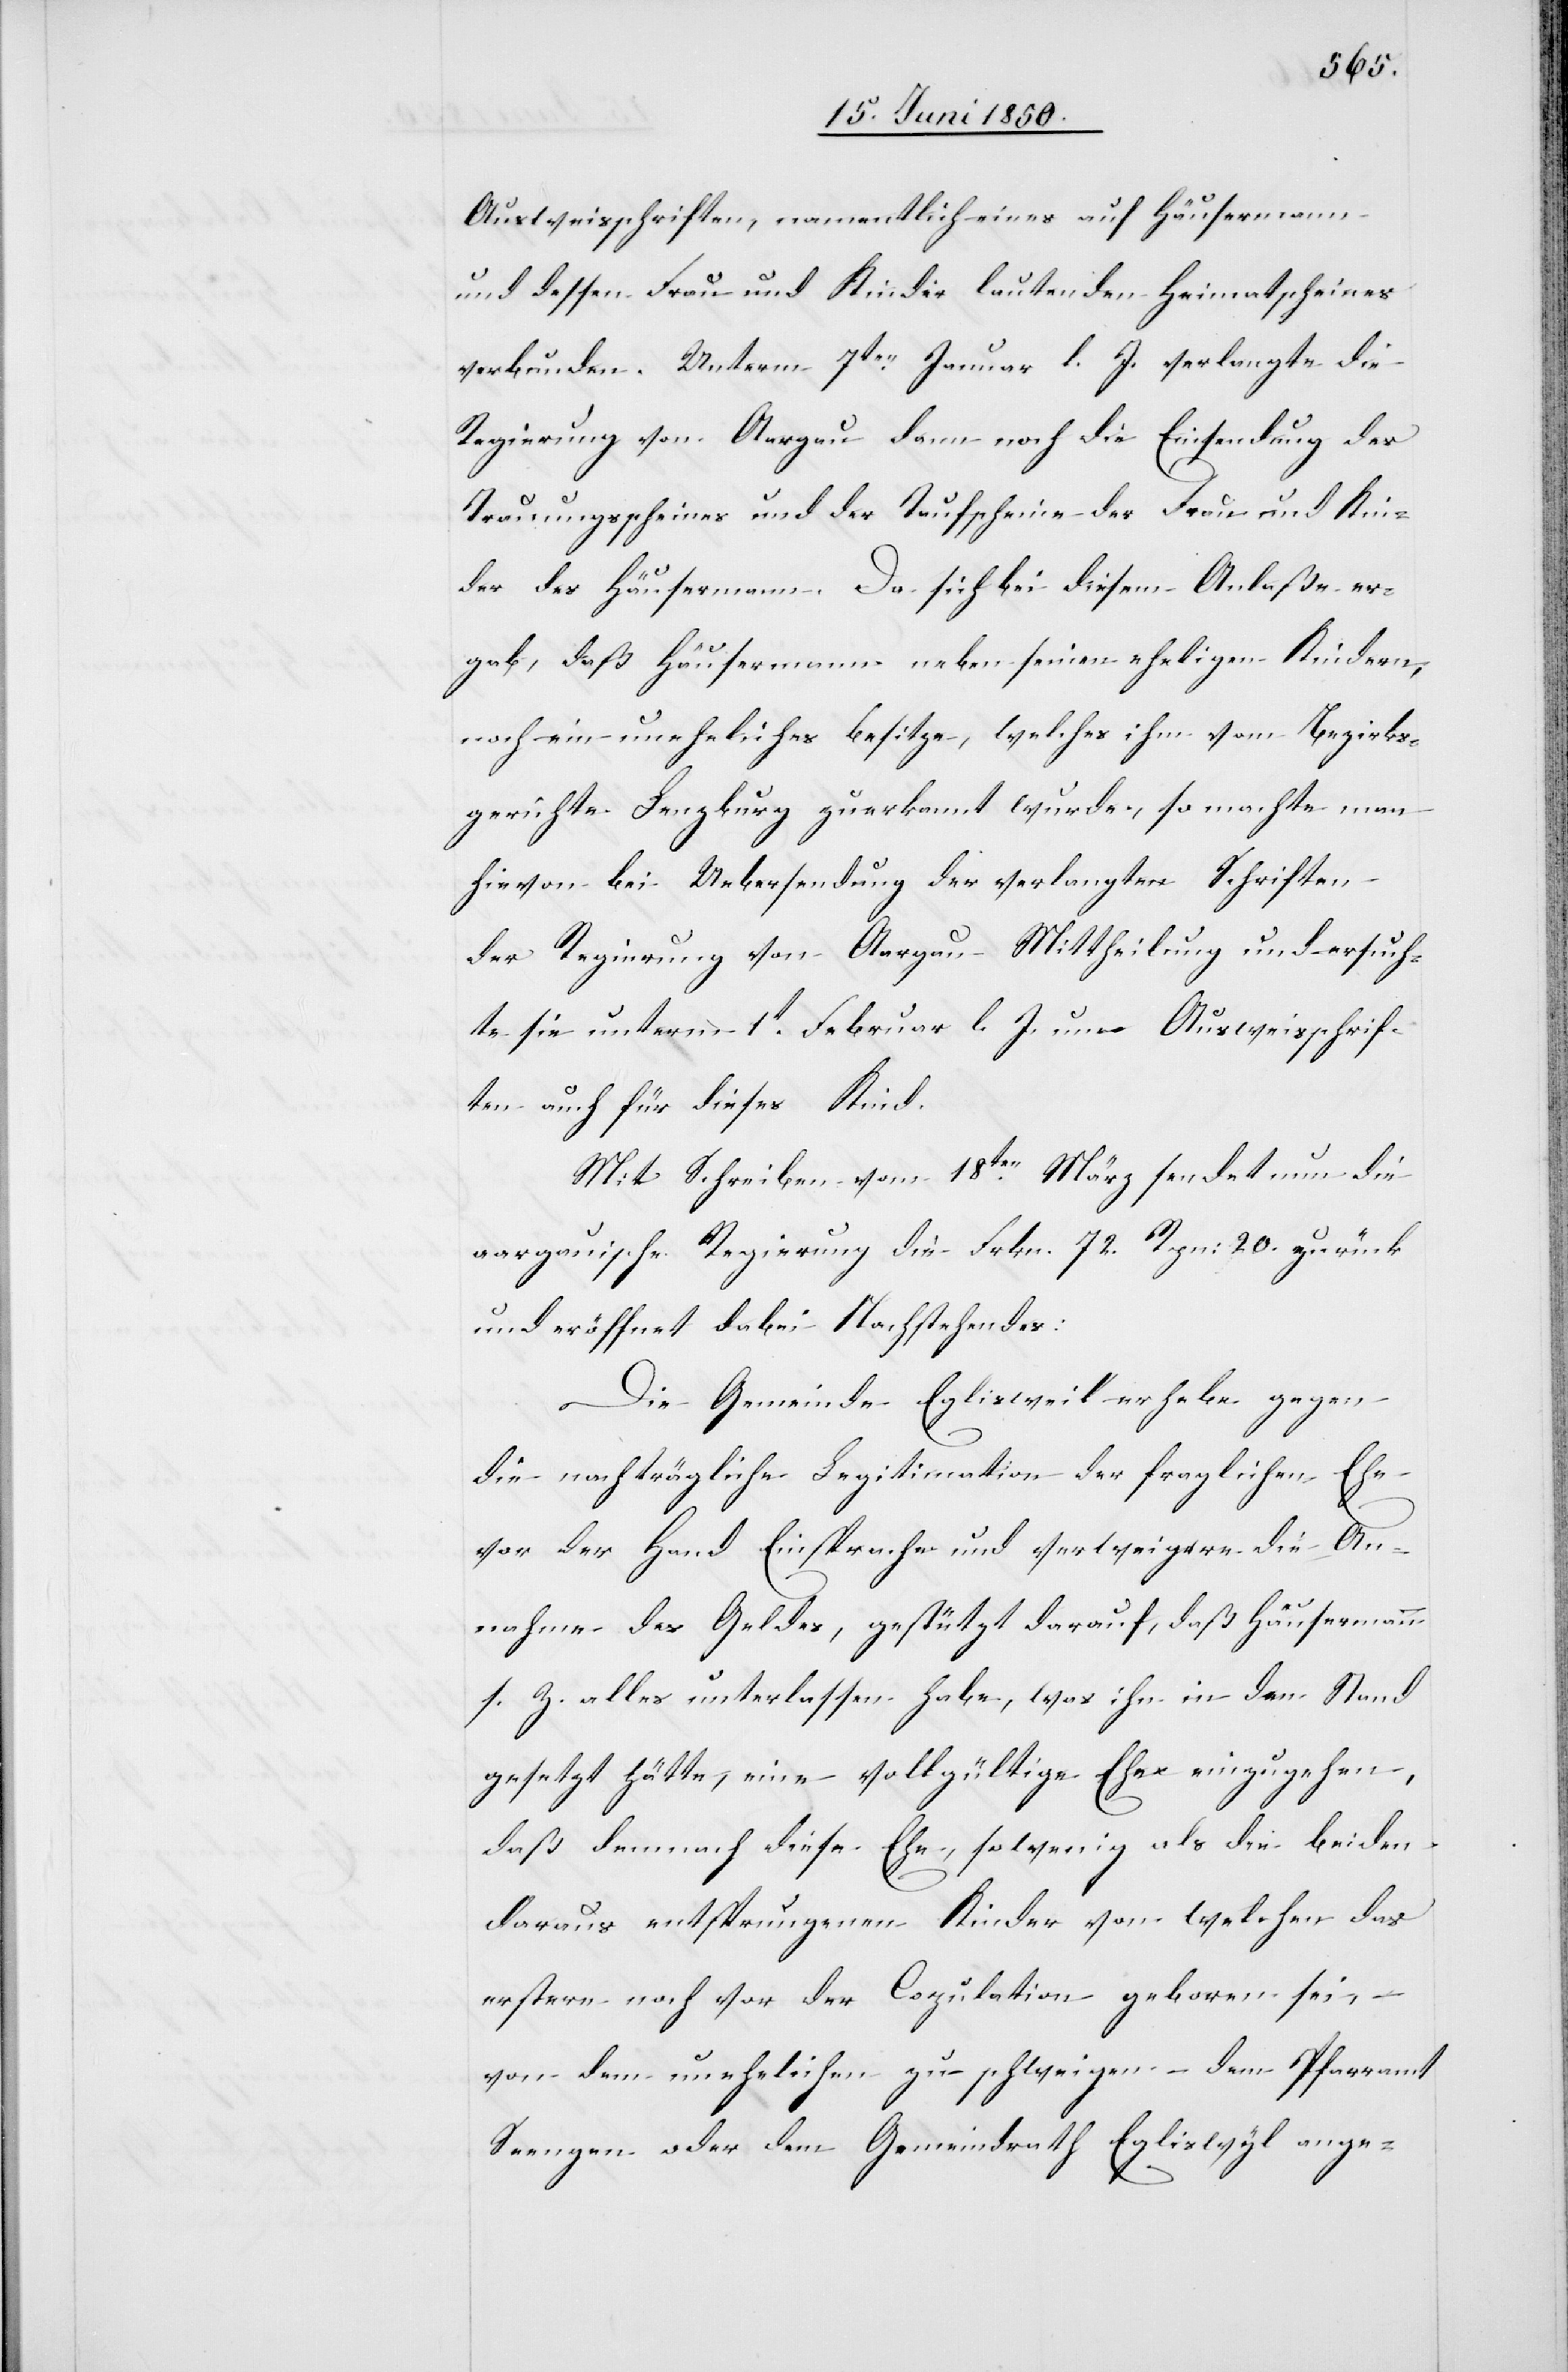
Ausweisschriften, namentlich eines auf Häusermann
und dessen Frau und Kinder lautenden Heimatscheines
verbunden. Unterm 7ten Januar l. J. verlangte die
Regierung von Aargau dann noch die Einsendung des
Trauungsscheines und der Taufscheine der Frau und Kin¬
der des Häusermann. Da sich bei diesem Anlaße er¬
gab, daß Häusermann neben seinen eheligen Kindern,
noch ein uneheliches besitze, welches ihm vom Bezirks¬
gerichte Lenzburg zuerkannt wurde, so machte man
hievon bei Uebersendung der verlangten Schriften
der Regierung von Aargau Mittheilung und ersuch¬
te sie unterm 1t Februar l. J. um Ausweisschrif¬
ten auch für dieses Kind.
Mit Schreiben vom 18ten März sendet nun die
aargauische Regierung die Frkn. 72 Rpn: 20. zurück
und eröffnet dabei Nachstehendes:
Die Gemeinde Eglisweil erhebe gegen
die nachträgliche Legitimation der fraglichen Ehe
vor der Hand Einsprache und verweigere die An¬
nahme des Geldes, gestützt darauf, daß Häusermann
s. Z. alles unterlassen habe, was ihn in den Stand
gesetzt hätte, eine vollgültige Ehe einzugehen,
daß demnach diese Ehe, sowenig als die beiden
daraus entsprungenen Kinder von welchen das
erstere noch vor der Copulation geboren sei, –
von dem unehelichen zu schweigen – dem Pfarramt
Seengen oder dem Gemeindrath Egliswyl ange-